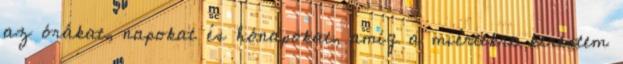
az órákat, napokat és hónapokat, amíg a miértekre kerestem